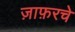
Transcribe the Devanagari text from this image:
ज़ाफ़रचे